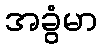
အခွံမာ